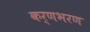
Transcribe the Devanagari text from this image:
कर्णभरण